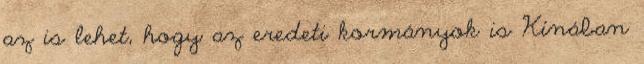
az is lehet, hogy az eredeti kormányok is Kínában